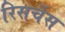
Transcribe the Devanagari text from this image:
रिसर्चेस